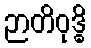
ဉာတိဝုဒ္ဓိ